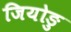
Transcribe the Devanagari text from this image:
जियोङु